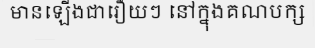
មានឡើងជារឿយៗ នៅក្នុងគណបក្ស